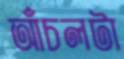
আঁচলটা